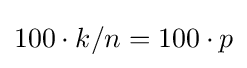
100\cdot k/n=100\cdot p